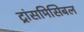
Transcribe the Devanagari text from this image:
ट्रांसमिसिबल